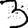
Digit: 3